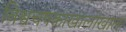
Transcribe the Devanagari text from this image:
विश्वचषकाखालोखाल